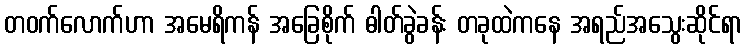
တဝက်လောက်ဟာ အမေရိကန် အခြေစိုက် ဓါတ်ခွဲခန်း တခုထဲကနေ အရည်အသွေးဆိုင်ရာ